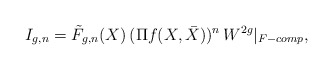
\begin{align*}I_{g,n} = \tilde{F}_{g,n}(X)\, (\Pi f(X,\bar{X}))^n \,W^{2g}|_{F-comp} ,\end{align*}